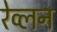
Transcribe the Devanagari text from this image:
रेव्लन